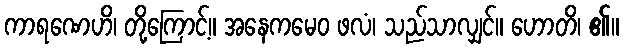
ကာရဏေဟိ၊ တို့ကြောင့်။ အနေကမေဝ ဖလံ၊ သည်သာလျှင်။ ဟောတိ၊ ၏။